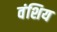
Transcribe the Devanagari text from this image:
वंशिय